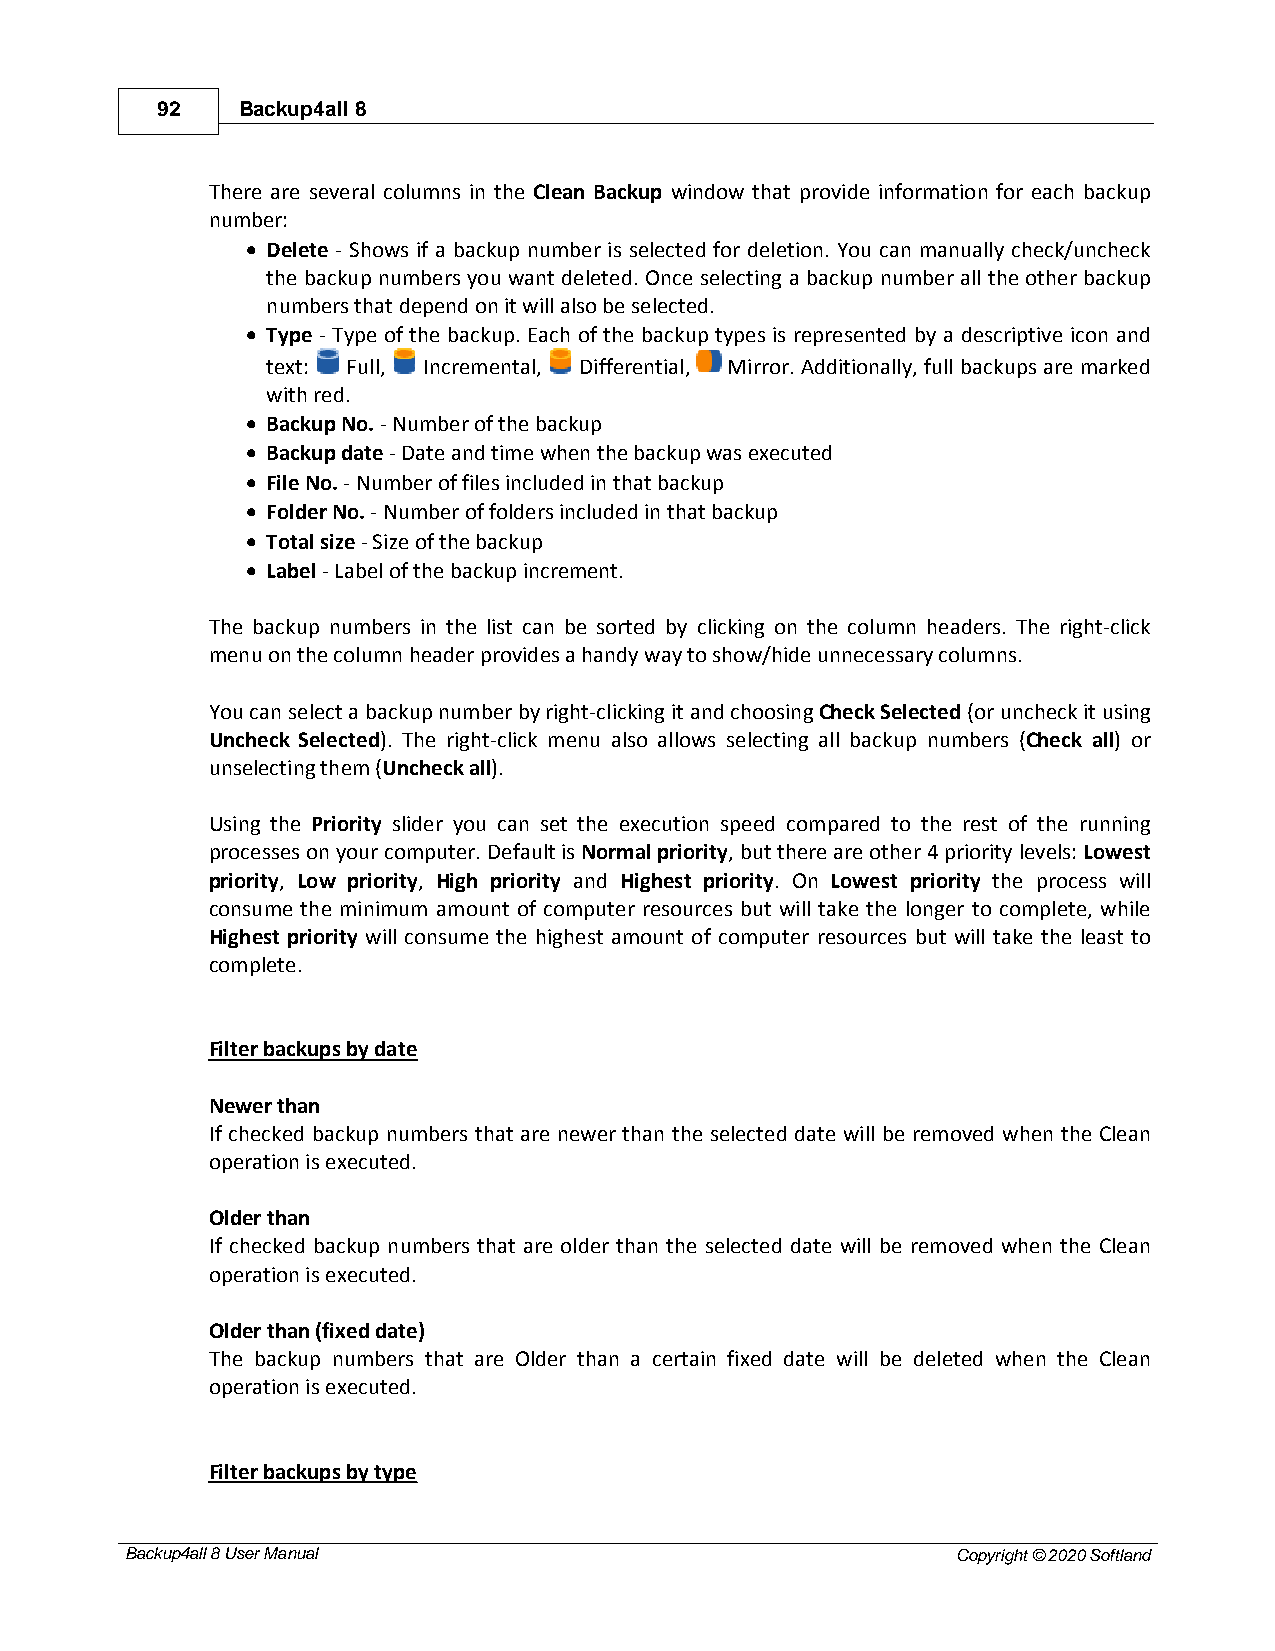
92    Backup4all 8
 There are several columns in the Clean Backup window that provide information for each backup
 number:
 · Delete - Shows if a backup number is selected for deletion. You can manually check/uncheck
 the backup numbers you want deleted. Once selecting a backup number all the other backup
 numbers that depend on it will also be selected.
 · Type - Type of the backup. Each of the backup types is represented by a descriptive icon and
 text: Full, Incremental, Differential, Mirror. Additionally, full backups are marked
 with red.
 · Backup No. - Number of the backup
 · Backup date - Date and time when the backup was executed
 · File No. - Number of files included in that backup
 · Folder No. - Number of folders included in that backup
 · Total size - Size of the backup
 · Label - Label of the backup increment.
 The backup numbers in the list can be sorted by clicking on the column headers. The right-click
 menu on the column header provides a handy way to show/hide unnecessary columns.
 You can select a backup number by right-clicking it and choosing Check Selected (or uncheck it using
 Uncheck Selected). The right-click menu also allows selecting all backup numbers (Check all) or
 unselecting them (Uncheck all).
 Using the Priority slider you can set the execution speed compared to the rest of the running
 processes on your computer. Default is Normal priority, but there are other 4 priority levels: Lowest
 priority, Low priority, High priority and Highest priority. On Lowest priority the process will
 consume the minimum amount of computer resources but will take the longer to complete, while
 Highest priority will consume the highest amount of computer resources but will take the least to
 complete.
 Filter backups by date
 Newer than
 If checked backup numbers that are newer than the selected date will be removed when the Clean
 operation is executed.
 Older than
 If checked backup numbers that are older than the selected date will be removed when the Clean
 operation is executed.
 Older than (fixed date)
 The backup numbers that are Older than a certain fixed date will be deleted when the Clean
 operation is executed.
 Filter backups by type
 Backup4all 8 User Manual                               Copyright © 2020 Softland